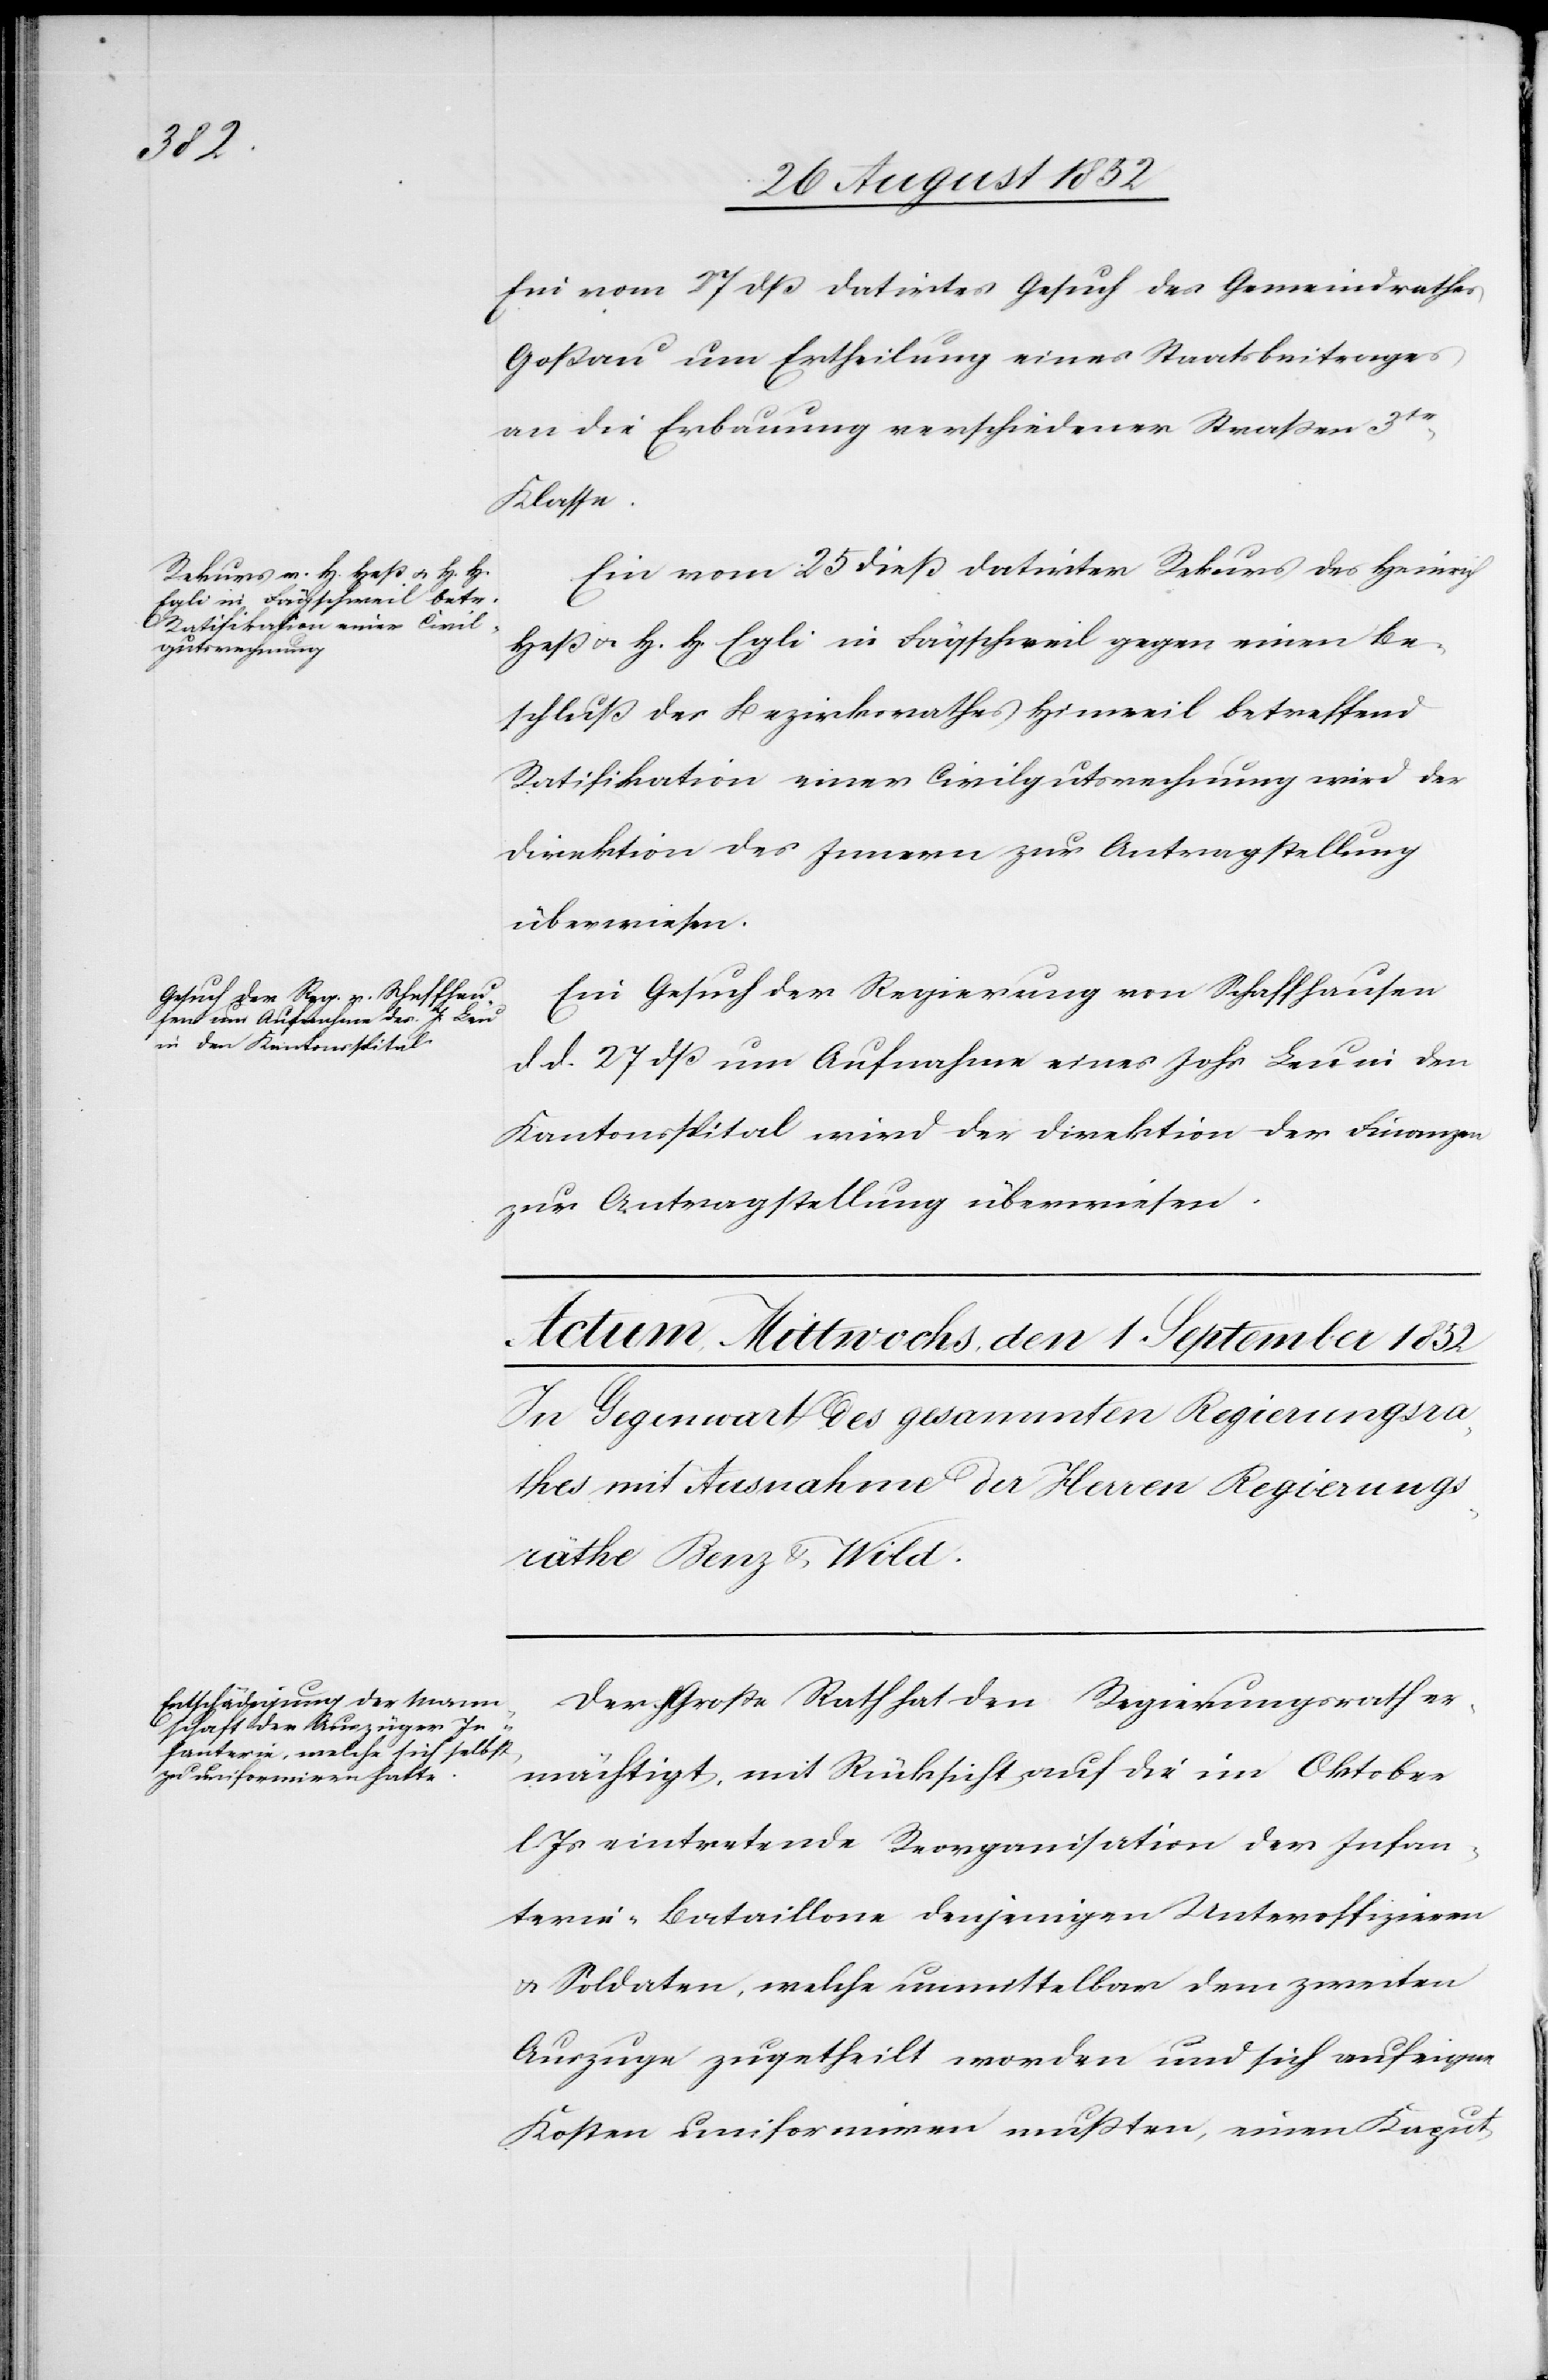
den
30 August 1852.]
Ein vom 27 dß datirtes Gesuch des Gemeindrathes
Goßau um Ertheilung eines Staatsbeitrages
an die Erbauung verschiedener Straßen 3tr
Klasse.
Ein vom 25 dieß datirter Rekurs des Heinrich
Heß & H. H. Egli in Fägschweil gegen einen Be¬
schluß des Bezirksrathes Hinweil betreffend
Ratifikation einer Civilgutsrechnung wird der
Direktion des Innern zur Antragstellung
überwiesen.
Ein Gesuch der Regierung von Schaffhausen
d d. 27 dß um Aufnahme eines Johs Leu in den
Kantonsspital wird der Direktion der Finanzen
zur Antragstellung überwiesen.
Der h Große Rath hat den Regierungsrath er¬
mächtigt, mit Rücksicht auf die im Oktober
l. Js eintretende Reorganisation der Infan¬
terie-Bataillone denjenigen Unteroffizieren
& Soldaten, welche unmittelbar dem zweiten
Auszuge zugetheilt worden und sich auf eigne
Kosten uniformiren mußten, einen Kaput